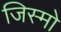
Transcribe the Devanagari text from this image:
जिस्मो